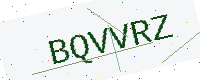
Text: BQVVRZ